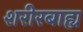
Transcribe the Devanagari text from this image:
शरीरबाह्य